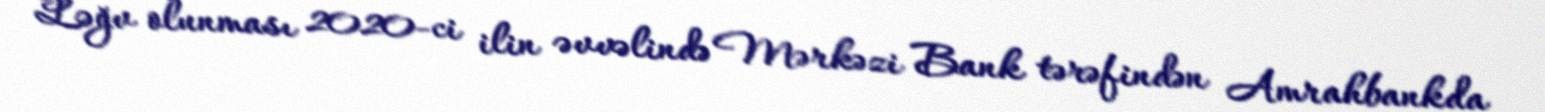
Ləğv olunması 2020-ci ilin əvvəlində Mərkəzi Bank tərəfindən Amrahbankda